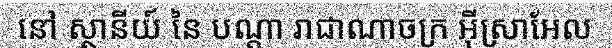
នៅ ស្ថានីយ៍ នៃ បណ្តា រាជាណាចក្រ អ៊ីស្រាអែល